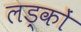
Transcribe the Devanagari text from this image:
लड़्कों